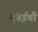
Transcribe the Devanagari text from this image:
मुुंबईची